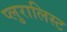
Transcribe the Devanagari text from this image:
प्लुरालिस्ट